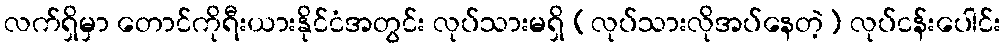
လက်ရှိမှာ တောင်ကိုရီးယားနိုင်ငံအတွင်း လုပ်သားမရှိ (လုပ်သားလိုအပ်နေတဲ့) လုပ်ငန်းပေါင်း